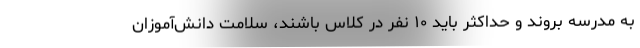
به مدرسه بروند و حداکثر باید ۱۰ نفر در کلاس باشند، سلامت دانش‌آموزان